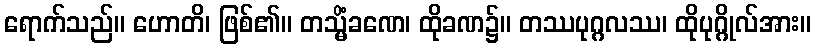
ရောက်သည်။ ဟောတိ၊ ဖြစ်၏။ တသ္မိံခဏေ၊ ထိုခဏ၌။ တဿပုဂ္ဂလဿ၊ ထိုပုဂ္ဂိုလ်အား။